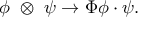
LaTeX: \phi ~ \otimes ~ \psi \rightarrow \Phi \phi \cdot \psi .